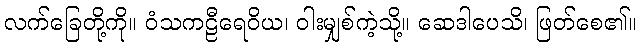
လက်ခြေတို့ကို။ ဝံသကဠီရေဝိယ၊ ဝါးမျှစ်ကဲ့သို့။ ဆေဒါပေသိ၊ ဖြတ်စေ၏။